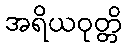
အရိယဝုတ္တိ